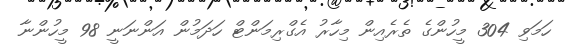
ހަމަވި 304 މީހުންގެ ތެރެއިން މިހާރު އެގްރިމަންޓް ހަދަމުން އަންނަނީ 98 މީހުންނާ